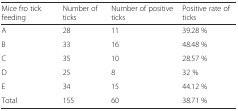
<table><thead><tr><td><b>Mice fro tick feeding</b></td><td><b>Number of ticks</b></td><td><b>Number of positive ticks</b></td><td><b>Positive rate of ticks</b></td></tr></thead><tbody><tr><td>A</td><td>28</td><td>11</td><td>39.28 %</td></tr><tr><td>B</td><td>33</td><td>16</td><td>48.48 %</td></tr><tr><td>C</td><td>35</td><td>10</td><td>28.57 %</td></tr><tr><td>D</td><td>25</td><td>8</td><td>32 %</td></tr><tr><td>E</td><td>34</td><td>15</td><td>44.12 %</td></tr><tr><td>Total</td><td>155</td><td>60</td><td>38.71 %</td></tr></tbody></table>